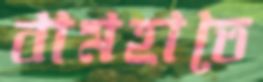
বামহাতে